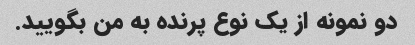
دو نمونه از یک نوع پرنده به من بگویید.